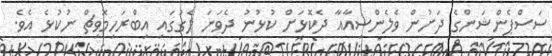
ސަސްޕެންޝަންގެ ދަށުން ވެލެންސިއާއާ ދެކޮޅަށް ކުޅުނު ދެވަނަ ލެގުގައި އިބްރަހިމޮވިޗް ނުކުޅެ އެވެ.